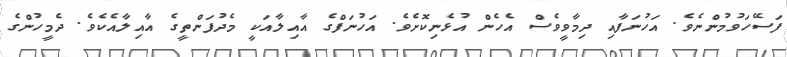
ފަސޭހަވުމުންނެވެ. އަހުނަފާއި ދިމާވީވެސް އެހެން އުޅެނިކޮށެވެ. އަހުނަފްގެ އާއިލާއަކީ މެދުފަންތީގެ އާއިލާއެކެވެ. ދެމީހުންގެ